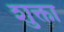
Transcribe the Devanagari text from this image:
शुक्ता